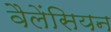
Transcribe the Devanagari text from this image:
वैलेंसियन